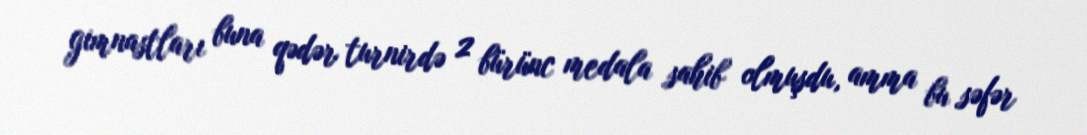
gimnastları buna qədər turnirdə 2 bürünc medala sahib olmuşdu, amma bu səfər